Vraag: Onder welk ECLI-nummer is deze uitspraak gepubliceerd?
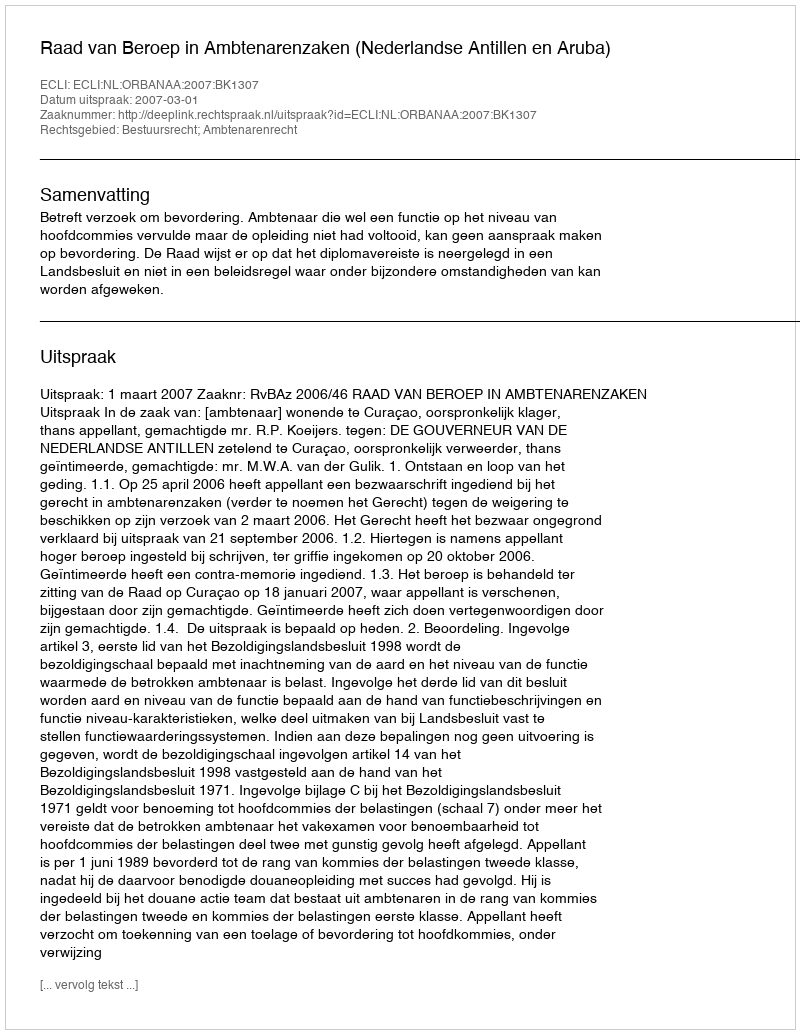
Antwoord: ECLI:NL:ORBANAA:2007:BK1307